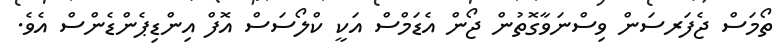
ތޯމަސް ޖެފަރސަން ވިސްނަވާގޮތުން ޖޯން އެޑަމްސް އަކީ ކްލޯސަސް އޮފް އިންޑިޕެންޑެންސް އެވެ.